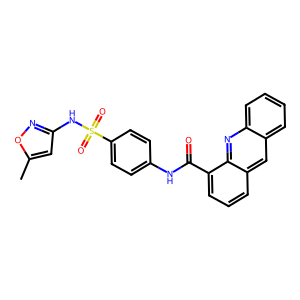
SMILES: Cc1cc(NS(=O)(=O)c2ccc(NC(=O)c3cccc4cc5ccccc5nc34)cc2)no1
Inhibits HIV replication: No